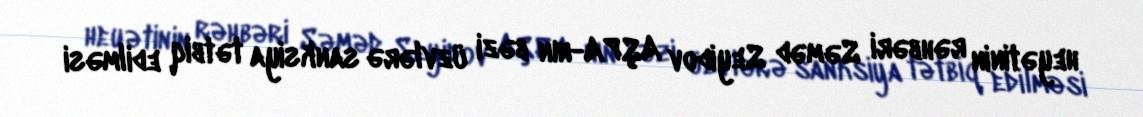
heyətinin rəhbəri Səməd Seyidov AŞPA-nın bəzi üzvlərə sanksiya tətbiq edilməsi